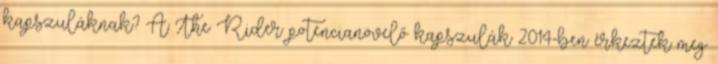
kapszuláknak? A The Rider potencianövelő kapszulák 2014-ben érkeztek meg